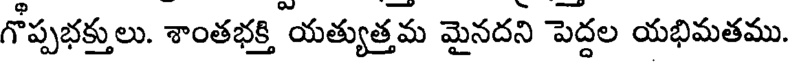
గోప్పభక్తులు. శాంతభక్తి యత్యుత్తమ మైనదని పెద్దల యభిమతము.